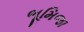
ભૂમિજા